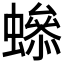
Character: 𧑫